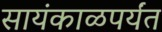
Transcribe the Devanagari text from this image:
सायंकाळपर्यंत